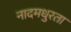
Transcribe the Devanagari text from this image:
नादमधुरता